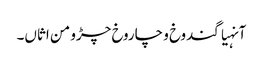
آنہیاگندوخ و چاروخ چڑو من اثاں۔